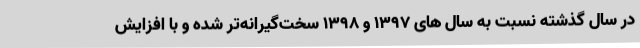
در سال گذشته نسبت به سال های ۱۳۹۷ و ۱۳۹۸ سخت‌گیرانه‌تر شده و با افزایش